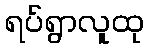
ရပ်ရွာလူထု